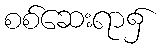
စစ်ဆေးရာ၌